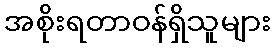
အစိုးရတာဝန်ရှိသူများ